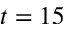
t = 1 5